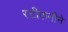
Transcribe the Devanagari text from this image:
स्टीफनीने